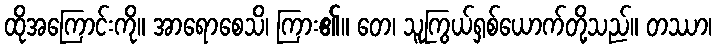
ထိုအကြောင်းကို။ အာရောစေသိ၊ ကြား၏။ တေ၊ သူကြွယ်ရှစ်ယောက်တို့သည်။ တဿာ၊